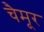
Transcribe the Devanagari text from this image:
चैमूर